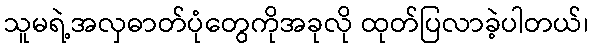
သူမရဲ့အလှဓာတ်ပုံတွေကိုအခုလို ထုတ်ပြလာခဲ့ပါတယ်၊